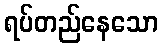
ရပ်တည်နေသော